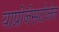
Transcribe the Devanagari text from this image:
याप्रोजेसटोजेन